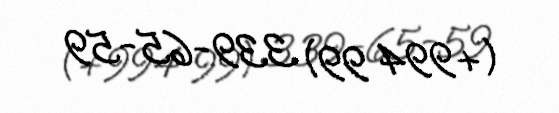
(+994 99) 339-65-59